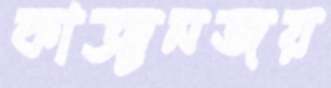
কাঞ্চনজয়